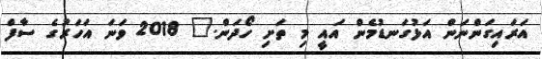
އަރައިގަންނަން އަޅުގަނޑުމެން އައީ މި ތަށި ހޯދަން." 2018 ވަނަ އަހަރުގެ ސާފް